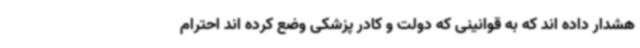
هشدار داده اند که به قوانینی که دولت و کادر پزشکی وضع کرده اند احترام